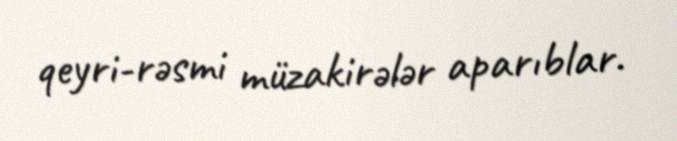
qeyri-rəsmi müzakirələr aparıblar.